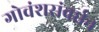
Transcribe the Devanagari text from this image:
गोवंशसंवर्धन